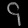
Digit: ၄